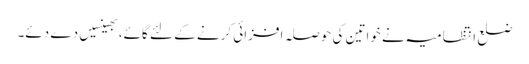
ضلع انتظامیہ نے خواتین کی حوصلہ افزائی کرنے کے لئے گائے، بھینسیں دے دئے۔